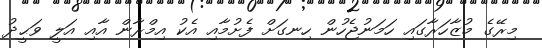
މިރޭގެ މުޒާހަރާގައި ހަމަނުޖެހުން ހިނގަށް ފެށުމާއި އެކު އިމްރާން އާއި އަލީ ވަޙީދު